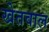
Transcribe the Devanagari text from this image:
खेतवाल